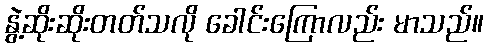
နွဲ့ဆိုးဆိုးတတ်သလို ခေါင်းကြောလည်း မာသည်။